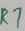
Text: R7